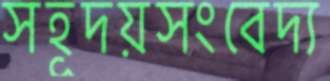
সহূদয়সংবেদ্য